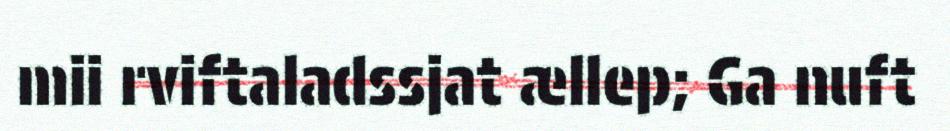
mii rviftaladssjat ællep; Ga nuft